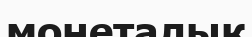
монеталық